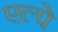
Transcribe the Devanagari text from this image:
एल्पे